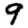
Digit: 9